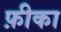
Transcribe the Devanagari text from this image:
फ़ीका